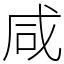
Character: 咸